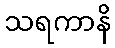
သရကာနိ